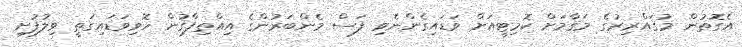
އެގޮތުން މުޤައްރިރުގެ މަޤާމަށް ކޮމިޓީއަށް ވަޑައިގެންނެވި ފަސް މެންބަރުންގެ އިއްތިފާޤުން ހޮވިވަޑައިގަތީ ވިލުފުށި